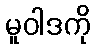
မူဝါဒကို